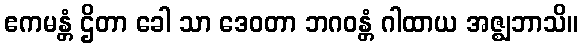
ဧကမန္တံ ဌိတာ ခေါ သာ ဒေဝတာ ဘဂဝန္တံ ဂါထာယ အဇ္ဈဘာသိ။